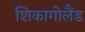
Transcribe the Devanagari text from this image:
शिकागोलैंड